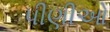
પીણીઓ